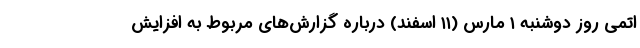
اتمی روز دوشنبه ۱ مارس (۱۱ اسفند) درباره گزارش‌های مربوط به افزایش